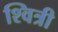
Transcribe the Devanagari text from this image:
श्वित्री